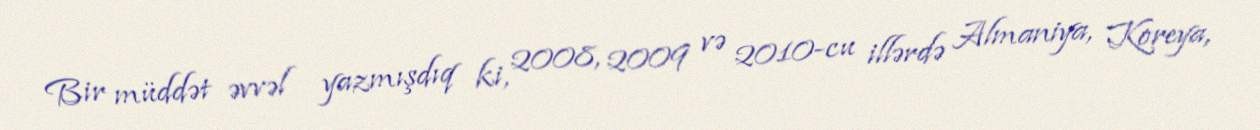
Bir müddət əvvəl yazmışdıq ki, 2008, 2009 və 2010-cu illərdə Almaniya, Koreya,